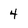
Character: 4